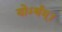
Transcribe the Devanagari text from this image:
योऽर्थम्।